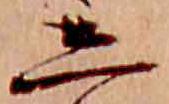
し